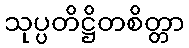
သုပ္ပတိဋ္ဌိတစိတ္တာ